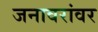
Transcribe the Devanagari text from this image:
जनावरांवर